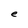
Character: e